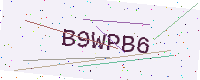
Text: B9WPB6